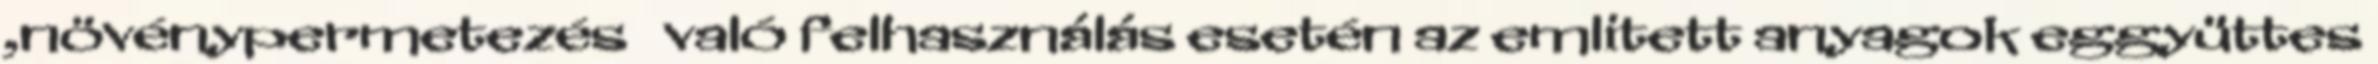
,növénypermetezés való felhasználás esetén az emlitett anyagok eggyüttes